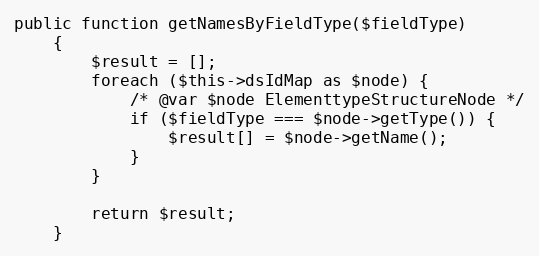
Language: PHP
public function getNamesByFieldType($fieldType)
    {
        $result = [];
        foreach ($this->dsIdMap as $node) {
            /* @var $node ElementtypeStructureNode */
            if ($fieldType === $node->getType()) {
                $result[] = $node->getName();
            }
        }

        return $result;
    }